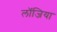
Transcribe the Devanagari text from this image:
लॉजिया